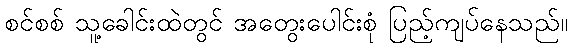
စင်စစ် သူ့ခေါင်းထဲတွင် အတွေးပေါင်းစုံ ပြည့်ကျပ်နေသည်။